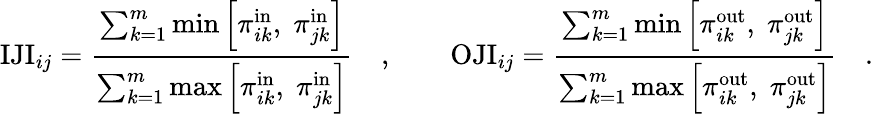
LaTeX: \mathrm{IJI}_{ij}=\frac{\sum_{k=1}^{m}\operatorname*{min}\left[\pi_{ik}^{\mathrm{in}},\; \pi_{jk}^{\mathrm{in}}\right]}{\sum_{k=1}^{m}\operatorname*{max}\left[\pi_{ik}^{\mathrm{in}},\; \pi_{jk}^{\mathrm{in}}\right]}\quad,\qquad\mathrm{OJI}_{ij}=\frac{\sum_{k=1}^{m}\operatorname*{min}\left[\pi_{ik}^{\mathrm{out}},\; \pi_{jk}^{\mathrm{out}}\right]}{\sum_{k=1}^{m}\operatorname*{max}\left[\pi_{ik}^{\mathrm{out}},\; \pi_{jk}^{\mathrm{out}}\right]}\quad.